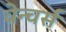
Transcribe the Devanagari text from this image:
वेन्चर्स